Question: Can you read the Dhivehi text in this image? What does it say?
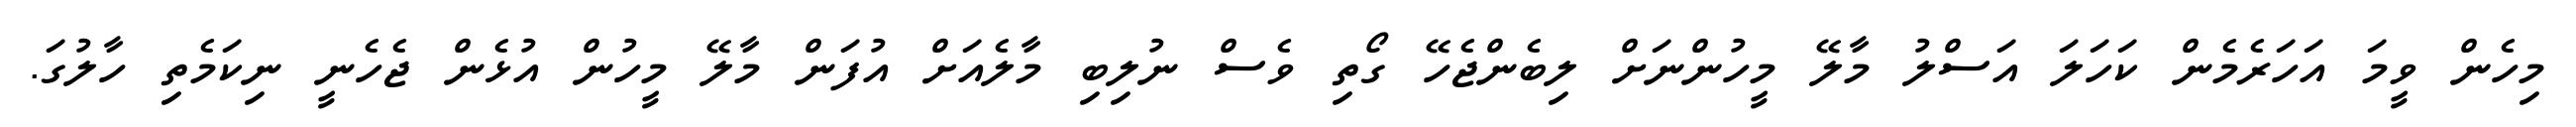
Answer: މިހެން ވީމަ އަހަރެމެން ކަހަލަ އަސްލު މާލޭ މީހުންނަށް ލިބެންޖެހޭ ގޯތި ވެސް ނުލިބި މާލެއަށް އުފަން މާލޭ މީހުން އުޅެން ޖެހެނީ ނިކަމެތި ހާލުގަ.